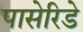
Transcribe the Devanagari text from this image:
पासेरिडे